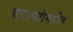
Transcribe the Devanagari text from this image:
बारामतीमधील